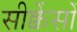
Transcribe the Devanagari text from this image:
सीक्वेंसों